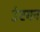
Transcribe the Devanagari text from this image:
उंटगन